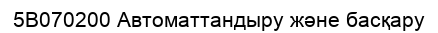
5В070200 Автоматтандыру және басқару